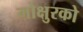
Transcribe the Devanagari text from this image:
गोक्षुरको